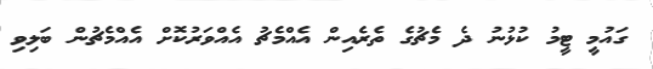
ގައުމީ ޓީމު ކުޅުނު ދެ މެޗުގެ ތެރެއިން އެއްމެޗު އެއްވަރުކޮށް އެއްމެޗުން ބަލިވި